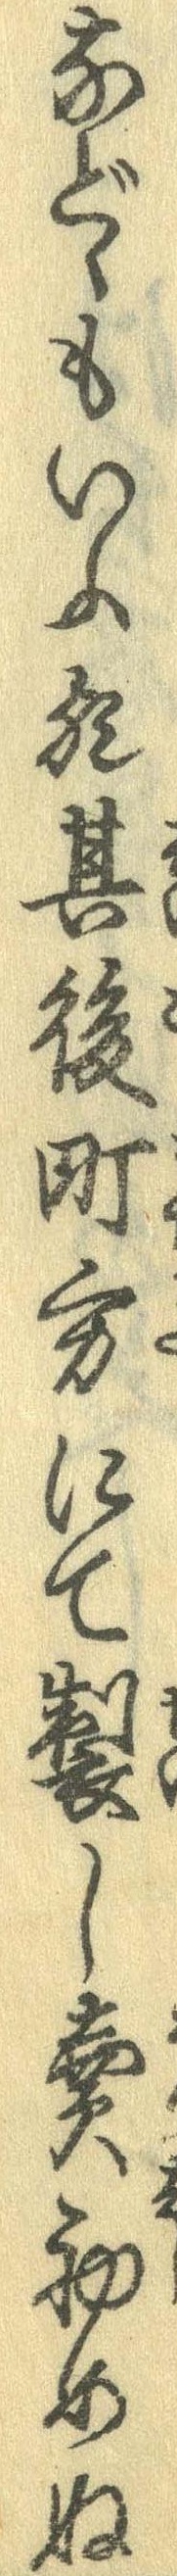
などゝもいふ猶其後町方にて製し売初めぬ